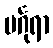
မင်္ဂုရာ